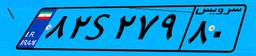
۸۲S۲۷۹۸۰